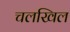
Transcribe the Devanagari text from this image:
चलखिल